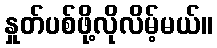
နှုတ်ပစ်ဖို့လိုလိမ့်မယ်။